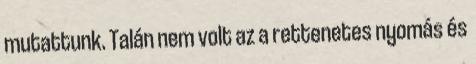
mutattunk. Talán nem volt az a rettenetes nyomás és